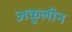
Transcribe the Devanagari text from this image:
अकुलीन